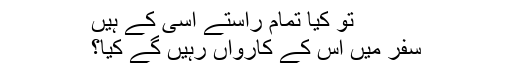
تو کیا تمام راستے اسی کے ہیں
سفر میں اُس کے کارواں رہیں گے کیا؟